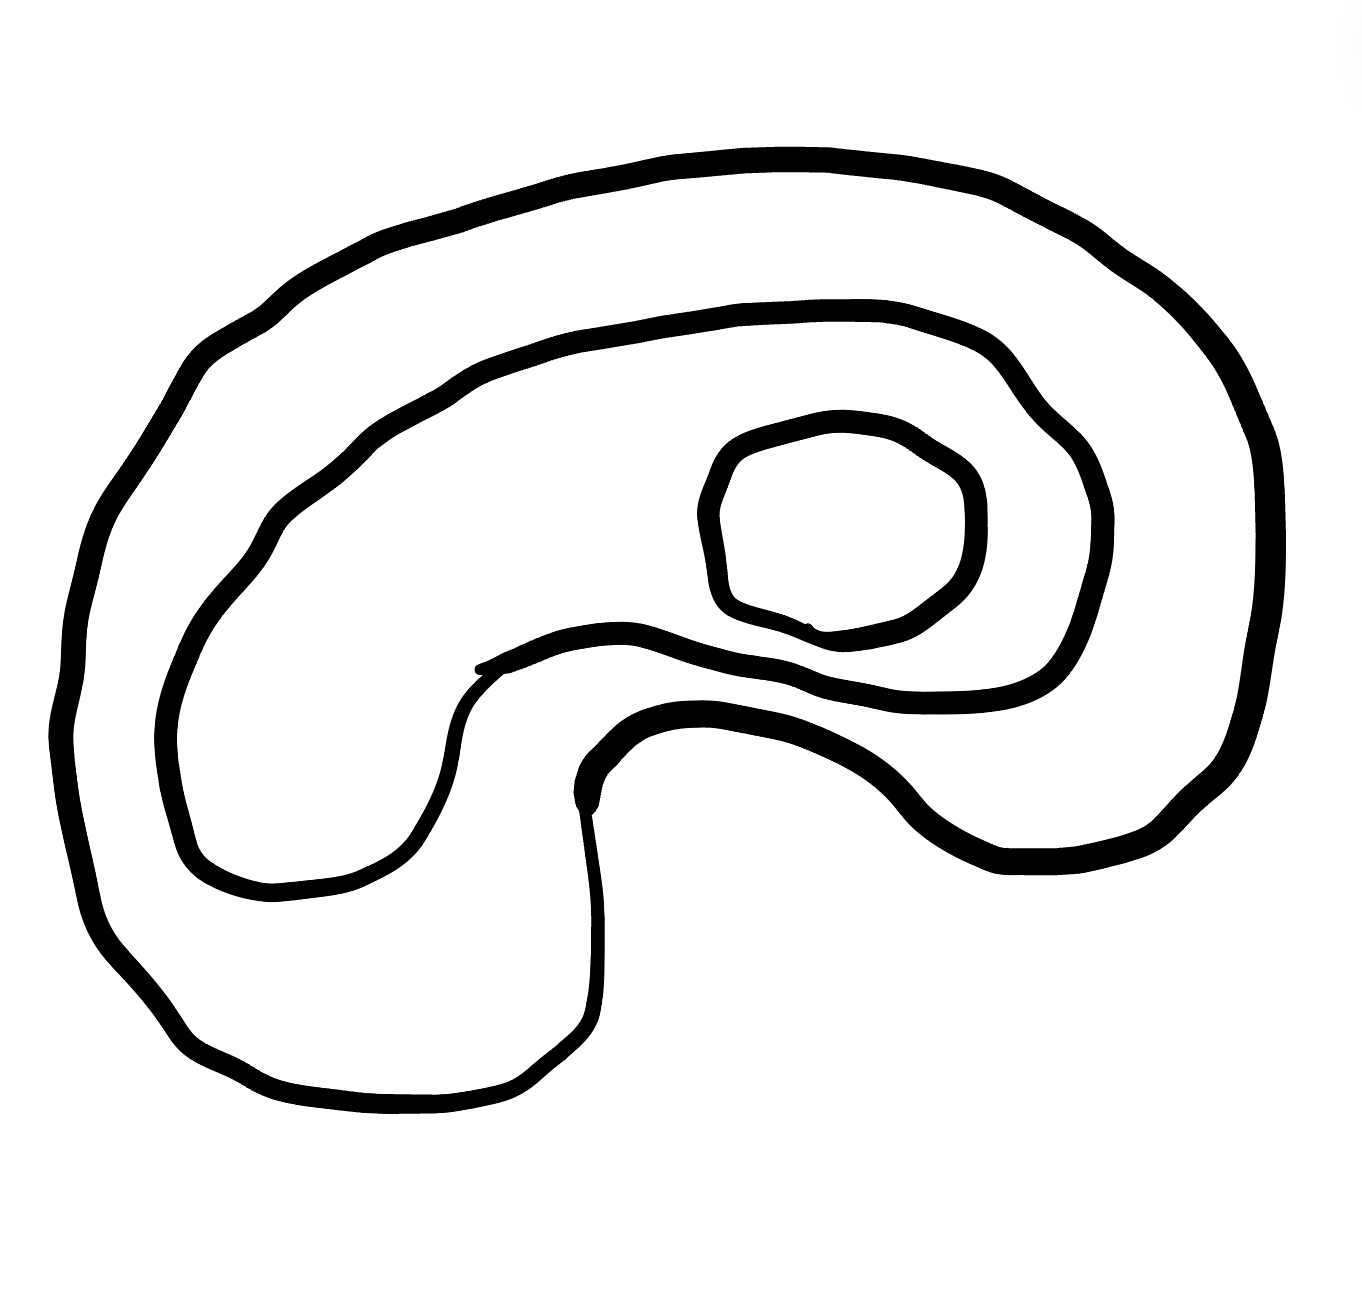
Number of regions (including the outer root region): 4
Containment tree edges (parent, child): 0, 1, 1, 2, 2, 3